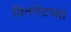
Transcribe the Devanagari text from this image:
विनगेटच्या